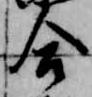
合